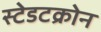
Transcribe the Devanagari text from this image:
स्टेडटक्रोन